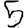
Digit: 5